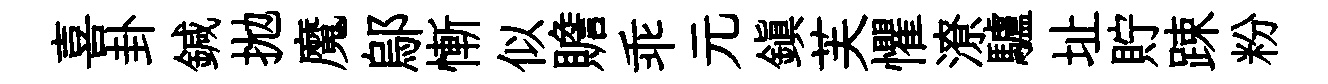
喜卦鍼拋魔鄔慚似贍乖元鎮芙懼潦驢址貯踈粉